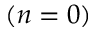
( n = 0 )